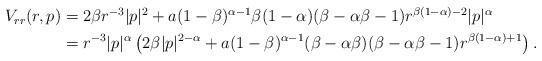
LaTeX: \begin{align*}\begin{aligned}V_{rr}(r, p)&= 2\beta r^{-3}|p|^2+a(1-\beta)^{\alpha-1} \beta(1-\alpha)(\beta-\alpha\beta-1)r^{\beta(1-\alpha)-2}|p|^\alpha\\&=r^{-3}|p|^\alpha \left(2\beta|p|^{2-\alpha}+a(1-\beta)^{\alpha-1} (\beta-\alpha\beta) (\beta-\alpha\beta-1)r^{\beta(1-\alpha)+1}\right).\end{aligned}\end{align*}